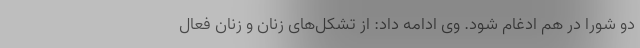
دو شورا در هم ادغام شود. وی ادامه داد: از تشکل‌های زنان و زنان فعال